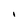
Character: i